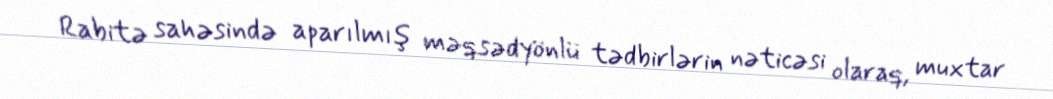
Rabitə sahəsində aparılmış məqsədyönlü tədbirlərin nəticəsi olaraq, muxtar